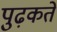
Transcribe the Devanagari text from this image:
पुढ़कते